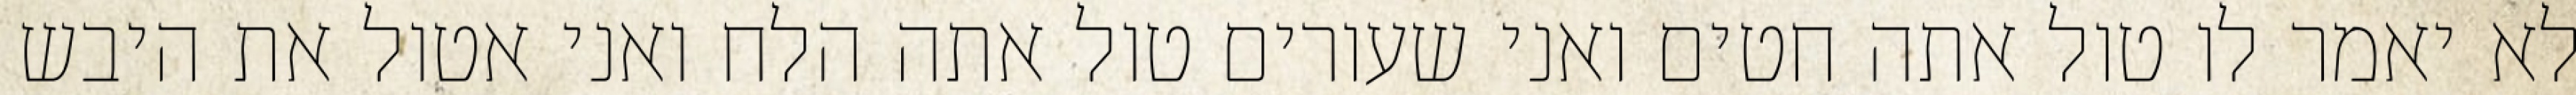
לא יאמר לו טול אתה חטים ואני שעורים טול אתה הלח ואני אטול את היבש